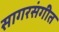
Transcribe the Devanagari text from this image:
सागरसंगीत